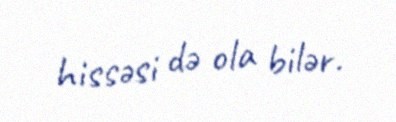
hissəsi də ola bilər.